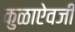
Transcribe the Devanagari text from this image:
कुळाऐवजी